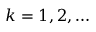
k = 1 , 2 , \dots